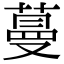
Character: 蔓